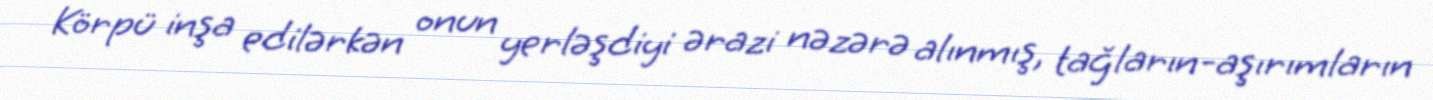
Körpü inşa edilərkən onun yerləşdiyi ərazi nəzərə alınmış, tağların-aşırımların